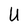
Character: U